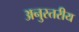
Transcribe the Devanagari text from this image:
अनुस्तरीय